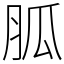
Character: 胍